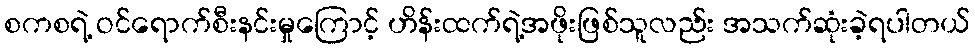
စကစရဲ့ ဝင်ရောက်စီးနင်းမှုကြောင့် ဟိန်းထက်ရဲ့အဖိုးဖြစ်သူလည်း အသက်ဆုံးခဲ့ရပါတယ်